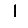
Digit: 1